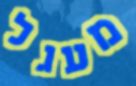
מעגל